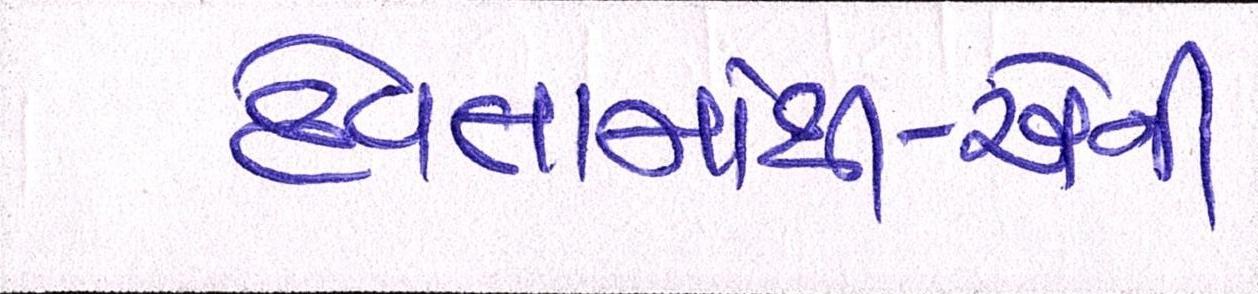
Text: દેવતામાંથી-એની